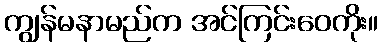
ကျွန်မနာမည်က အင်ကြင်းဝေကိုး။